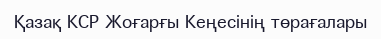
Қазақ КСР Жоғарғы Кеңесінің төрағалары